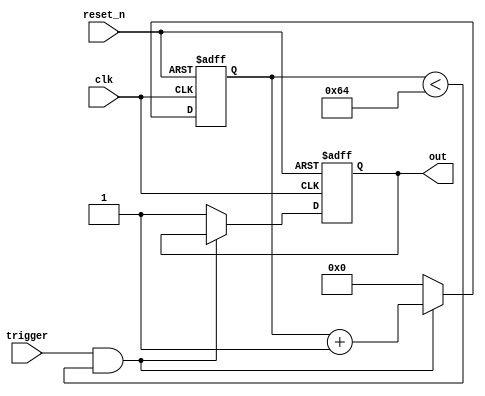
module one_shot_timer(
    input clk,
    input reset_n,
    input trigger,
    output reg out
);

reg [31:0] counter;
reg [31:0] delay_value = 100; // specify delay time

always @(posedge clk or negedge reset_n) begin
    if (~reset_n) begin
        counter <= 0;
        out <= 0;
    end else begin
        if (trigger & (counter < delay_value)) begin
            counter <= counter + 1;
        end else begin
            counter <= 0;
            out <= 1;
        end
    end
end

endmodule